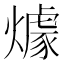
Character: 㷾